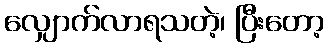
လျှောက်လာရသတဲ့၊ ပြီးတော့